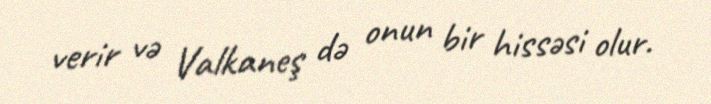
verir və Valkaneş də onun bir hissəsi olur.